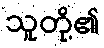
သူတို့၏